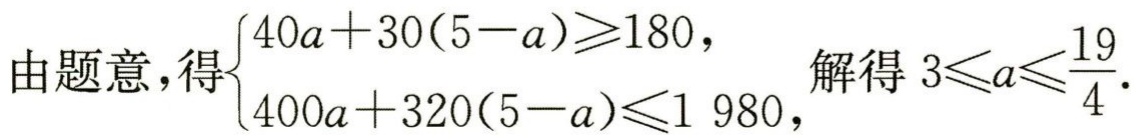
由题意，得\(\begin{cases}40a + 30(5 - a) \geqslant 180, \\ 400a + 320(5 - a) \leqslant 1980, \end{cases}\)解得\(3\leqslant a\leqslant\frac{19}{4}\).